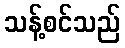
သန့်စင်သည်